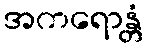
အကရောန္တံ